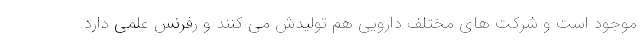
موجود است و شرکت های مختلف دارویی هم تولیدش می کنند و رفرنس علمی دارد.